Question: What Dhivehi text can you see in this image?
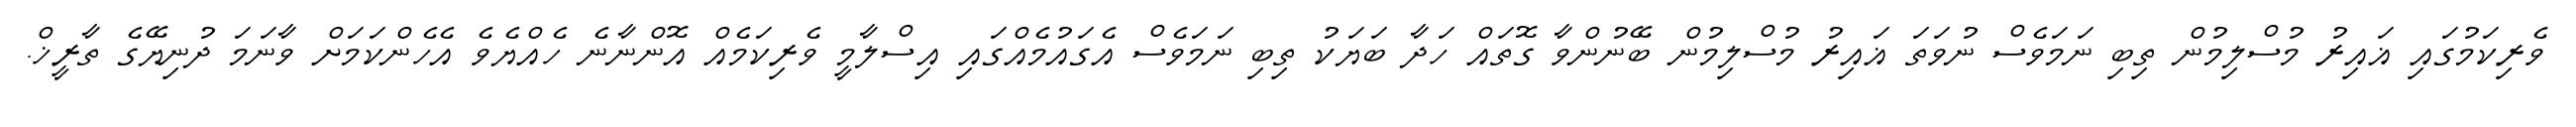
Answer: ވެރިކަމުގައި ޣައިރު މުސްލިމުން ތިބި ނަމަވެސް ނުވަތަ ޣައިރު މުސްލިމުން ބޭނުންވާ ގޮތައް ހަދާ ބަޔަކު ތިބި ނަމަވެސް އެގައުމެއްގައި އިސްލާމީ ވެރިކަމެއް އޮންނާނެ ހެއްޔެވެ އެހެންކަމަށް ވާނަމަ ދުނިޔޭގެ ތާރީޚް.